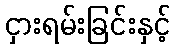
ငှားရမ်းခြင်းနှင့်